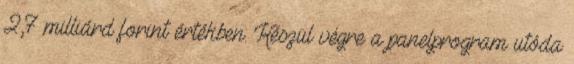
2,7 milliárd forint értékben. Készül végre a panelprogram utóda